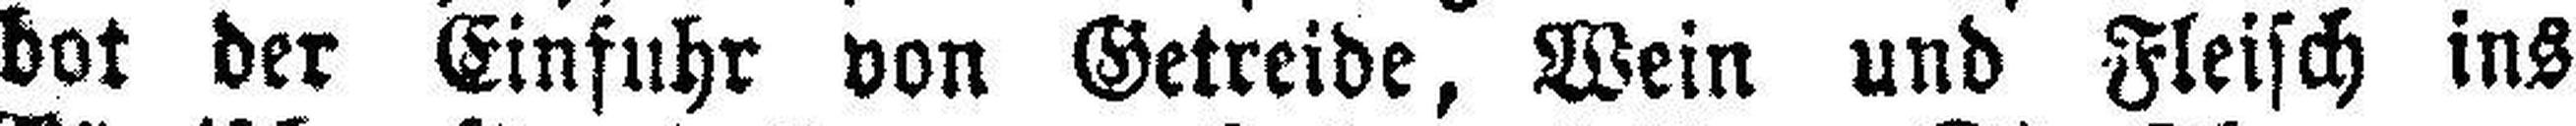
bot der Einfuhr von Getreide, Wein und Fleisch ins